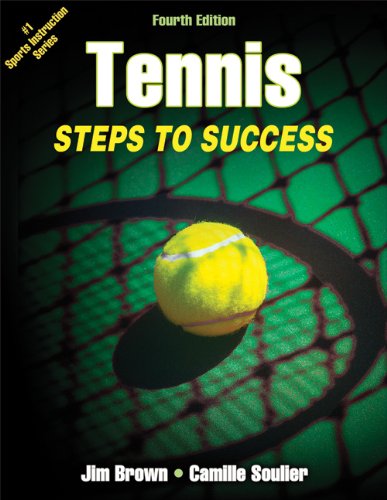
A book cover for Tennis: Steps to Success-4th Edition; Jim Brown; Sports & Outdoors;